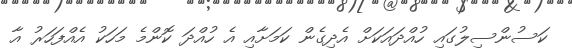
ކަސުންސިލުގައި ހުއްދައަކަށް އެދިގެން ކަމަށާއި އެ ހުއްދަ ކޮންމެ މަހަކު އެއްފަހަރު އާ